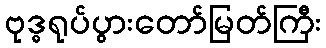
ဗုဒ္ဓရုပ်ပွားတော်မြတ်ကြီး